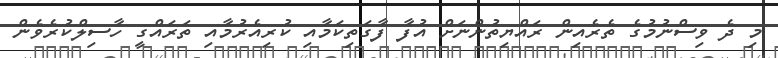
މި ދެ ވިސްނުމުގެ ތެރެއިން ރައްޔިތުންނަށް އުފާ ފާގަތިކަމާއި ކުރިއެރުމާއި ތަރައްގީ ހާސިލްކުރެވެން